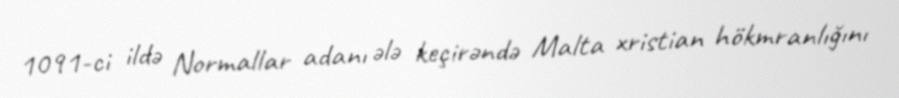
1091-ci ildə Normallar adanı ələ keçirəndə Malta xristian hökmranlığını